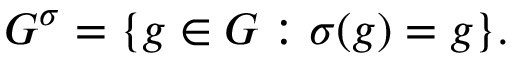
G ^ { \sigma } = \{ g \in G : \sigma ( g ) = g \} .